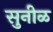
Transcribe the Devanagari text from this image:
सुनीळ